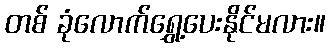
တစ် ခုံလောက်ရွှေ့ပေးနိုင်မလား။